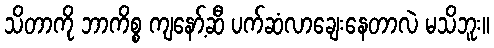
သိတာကို ဘာကိစ္စ ကျနော့်ဆီ ပက်ဆံလာချေးနေတာလဲ မသိဘူး။